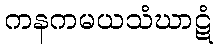
ကနကမယသံဃာဋံ